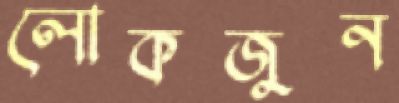
লোকজুন